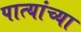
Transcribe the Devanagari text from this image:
पात्यांच्या